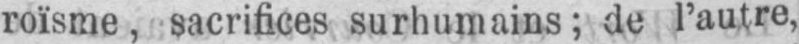
roïsme, sacrifices surhumains; de l’autre,